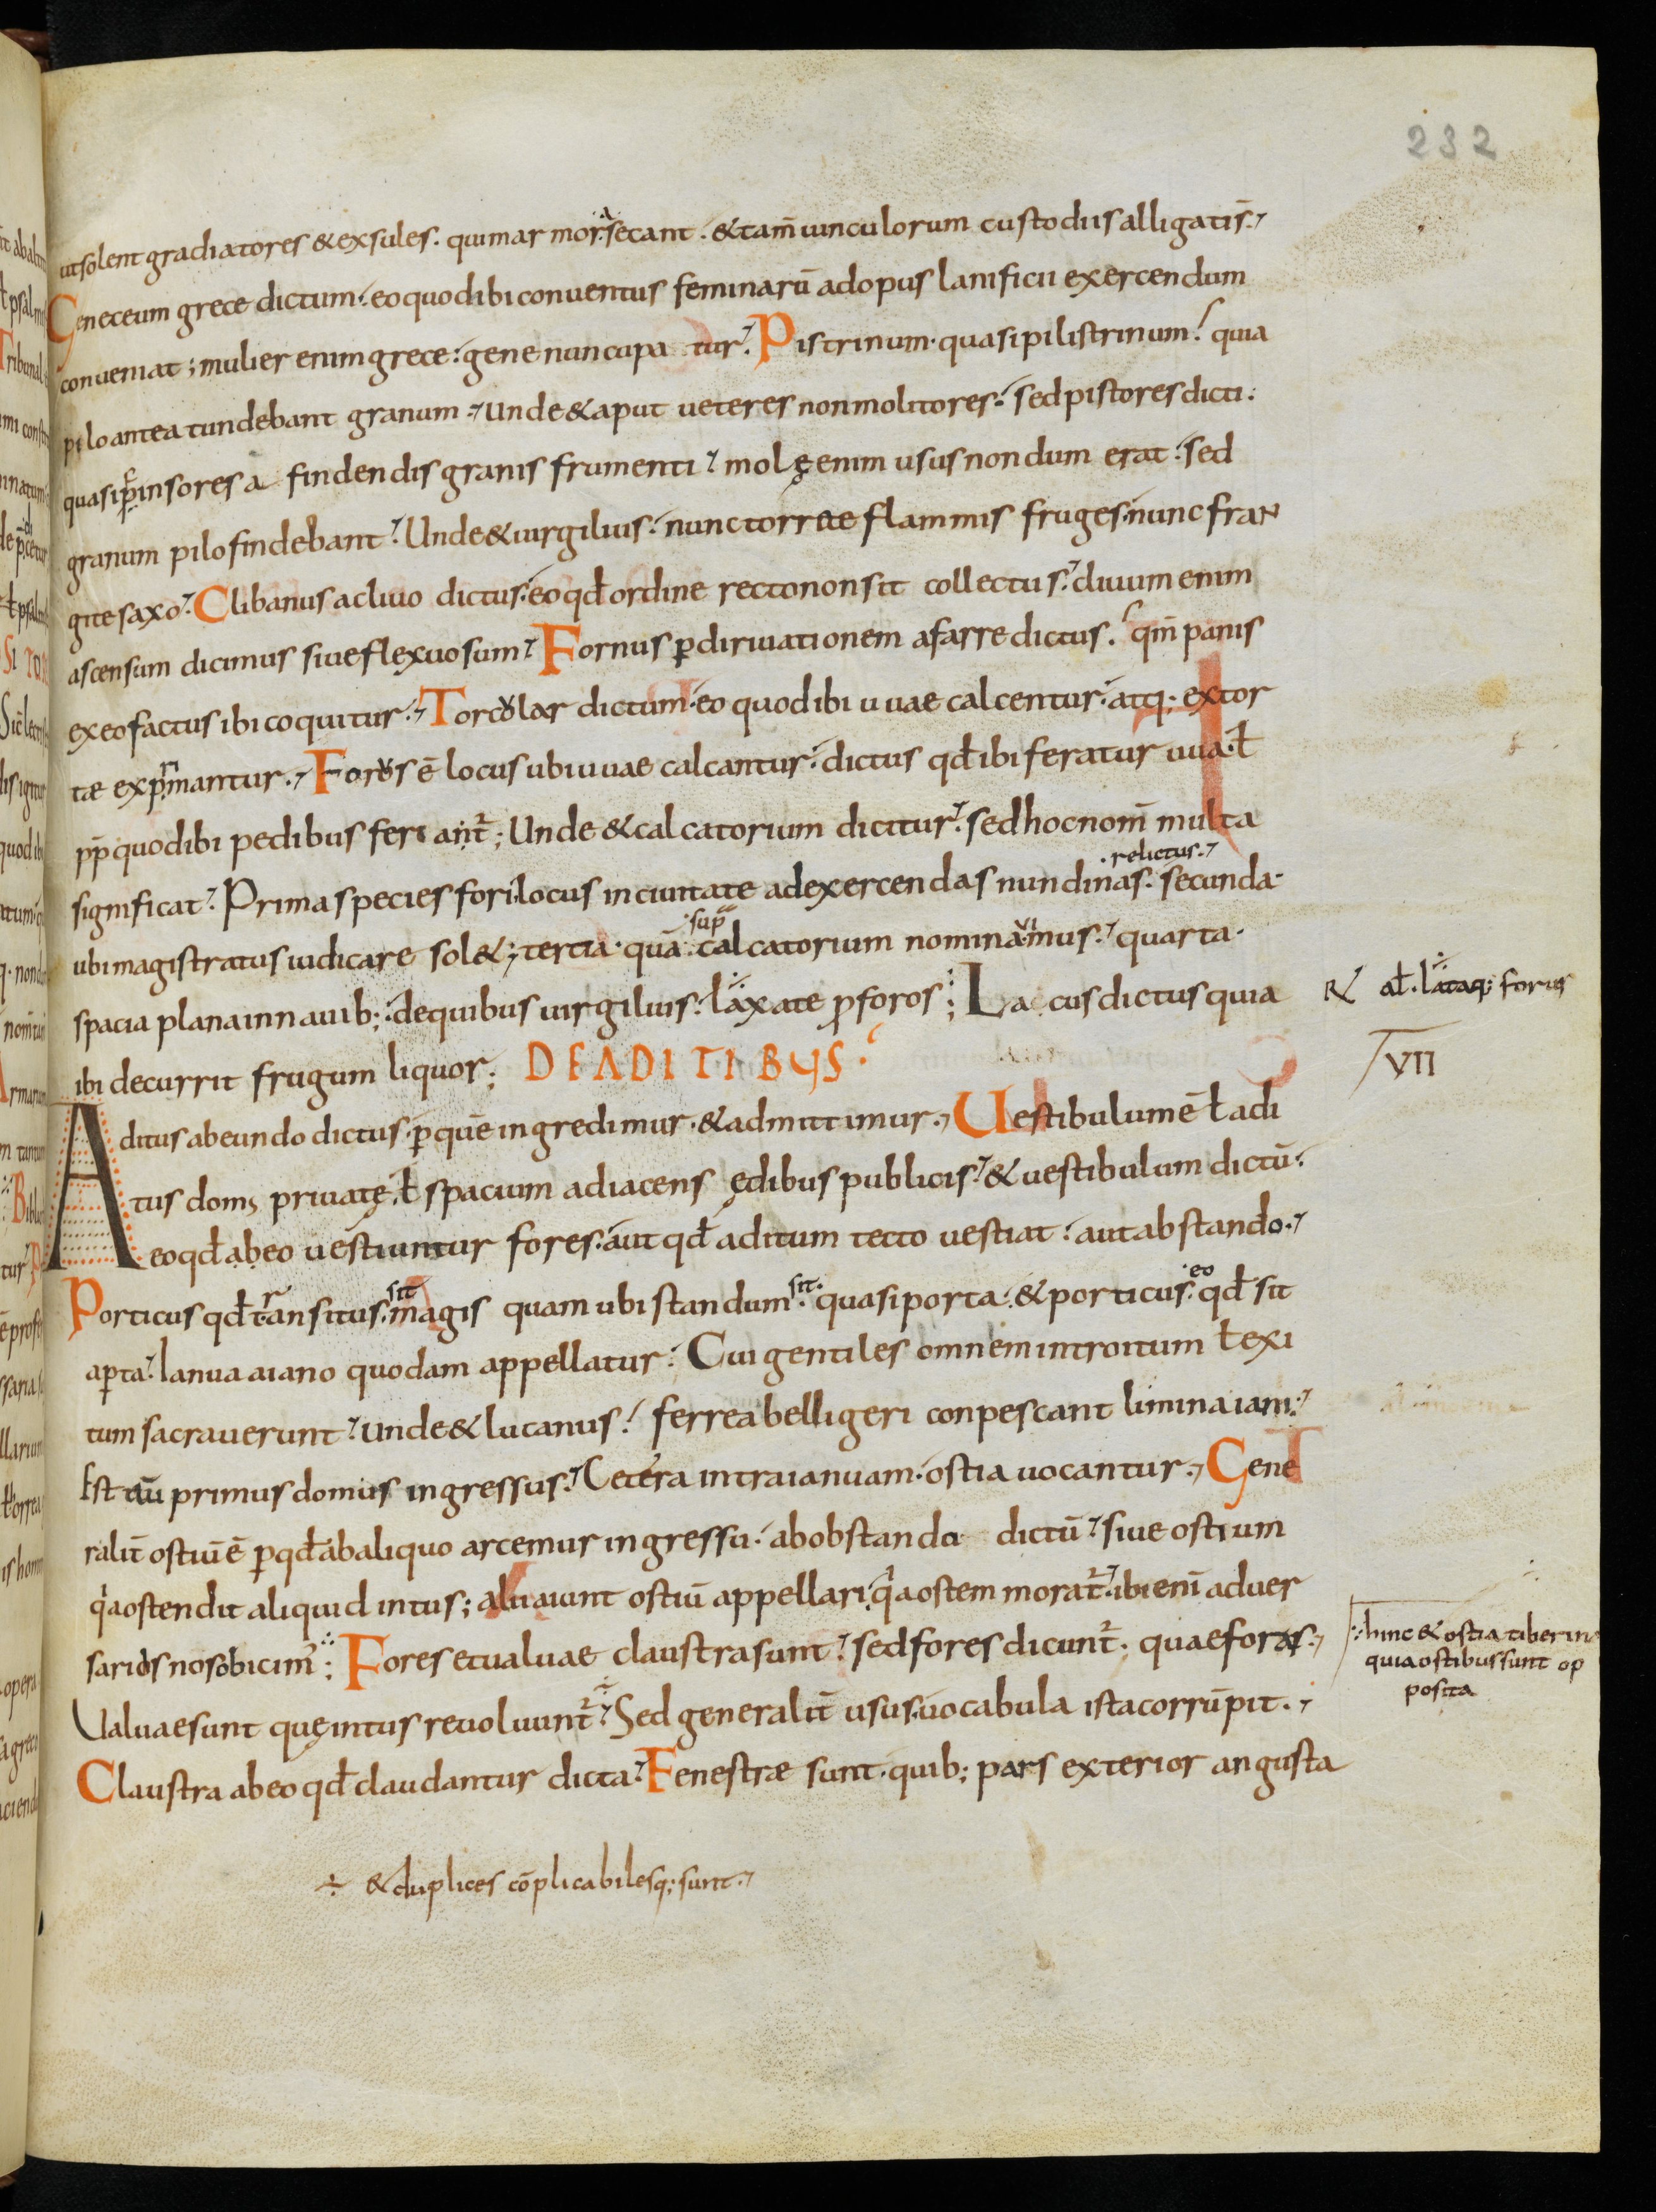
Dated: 833–865